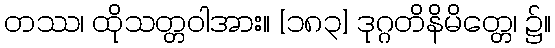
တဿ၊ ထိုသတ္တဝါအား။ [၁၈၃] ဒုဂ္ဂတိနိမိတ္တေ၊ ၌။